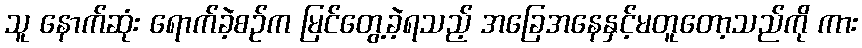
သူ နောက်ဆုံး ရောက်ခဲ့စဉ်က မြင်တွေ့ခဲ့ရသည့် အခြေအနေနှင့်မတူတော့သည်ကို ကား